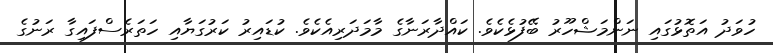
ހުވަދު އަތޮޅުގައި ނަންމަޝްހޫރު ބޭފުޅެކެވެ. ކައްދާރަނާގެ މާމަދަރިއެކެވެ. ކުޑައިރު ކަރުގަޔާއި ހަތަރެސްފައިގާ ރަނުގެ